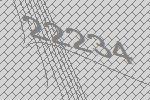
22234